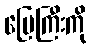
မြေကြီးကို